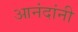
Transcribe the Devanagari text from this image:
आनंदांनी